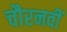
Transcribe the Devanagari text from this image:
चौरनवीं